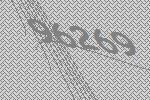
96269